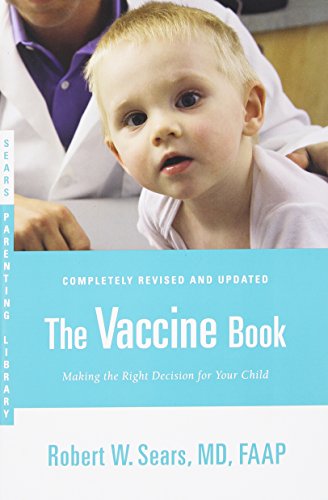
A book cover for The Vaccine Book: Making the Right Decision for Your Child (Sears Parenting Library); Robert W. Sears; Parenting & Relationships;